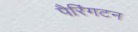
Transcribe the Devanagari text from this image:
पैरिंगटन